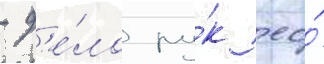
- д'е́ло ру́к ео́